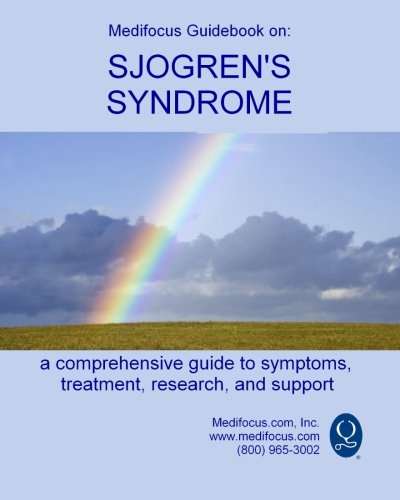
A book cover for Medifocus Guidebook on: Sjogren's Syndrome; Inc Medifocus com; Health, Fitness & Dieting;